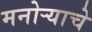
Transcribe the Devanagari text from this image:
मनोऱ्याचे